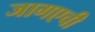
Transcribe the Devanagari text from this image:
जागएची